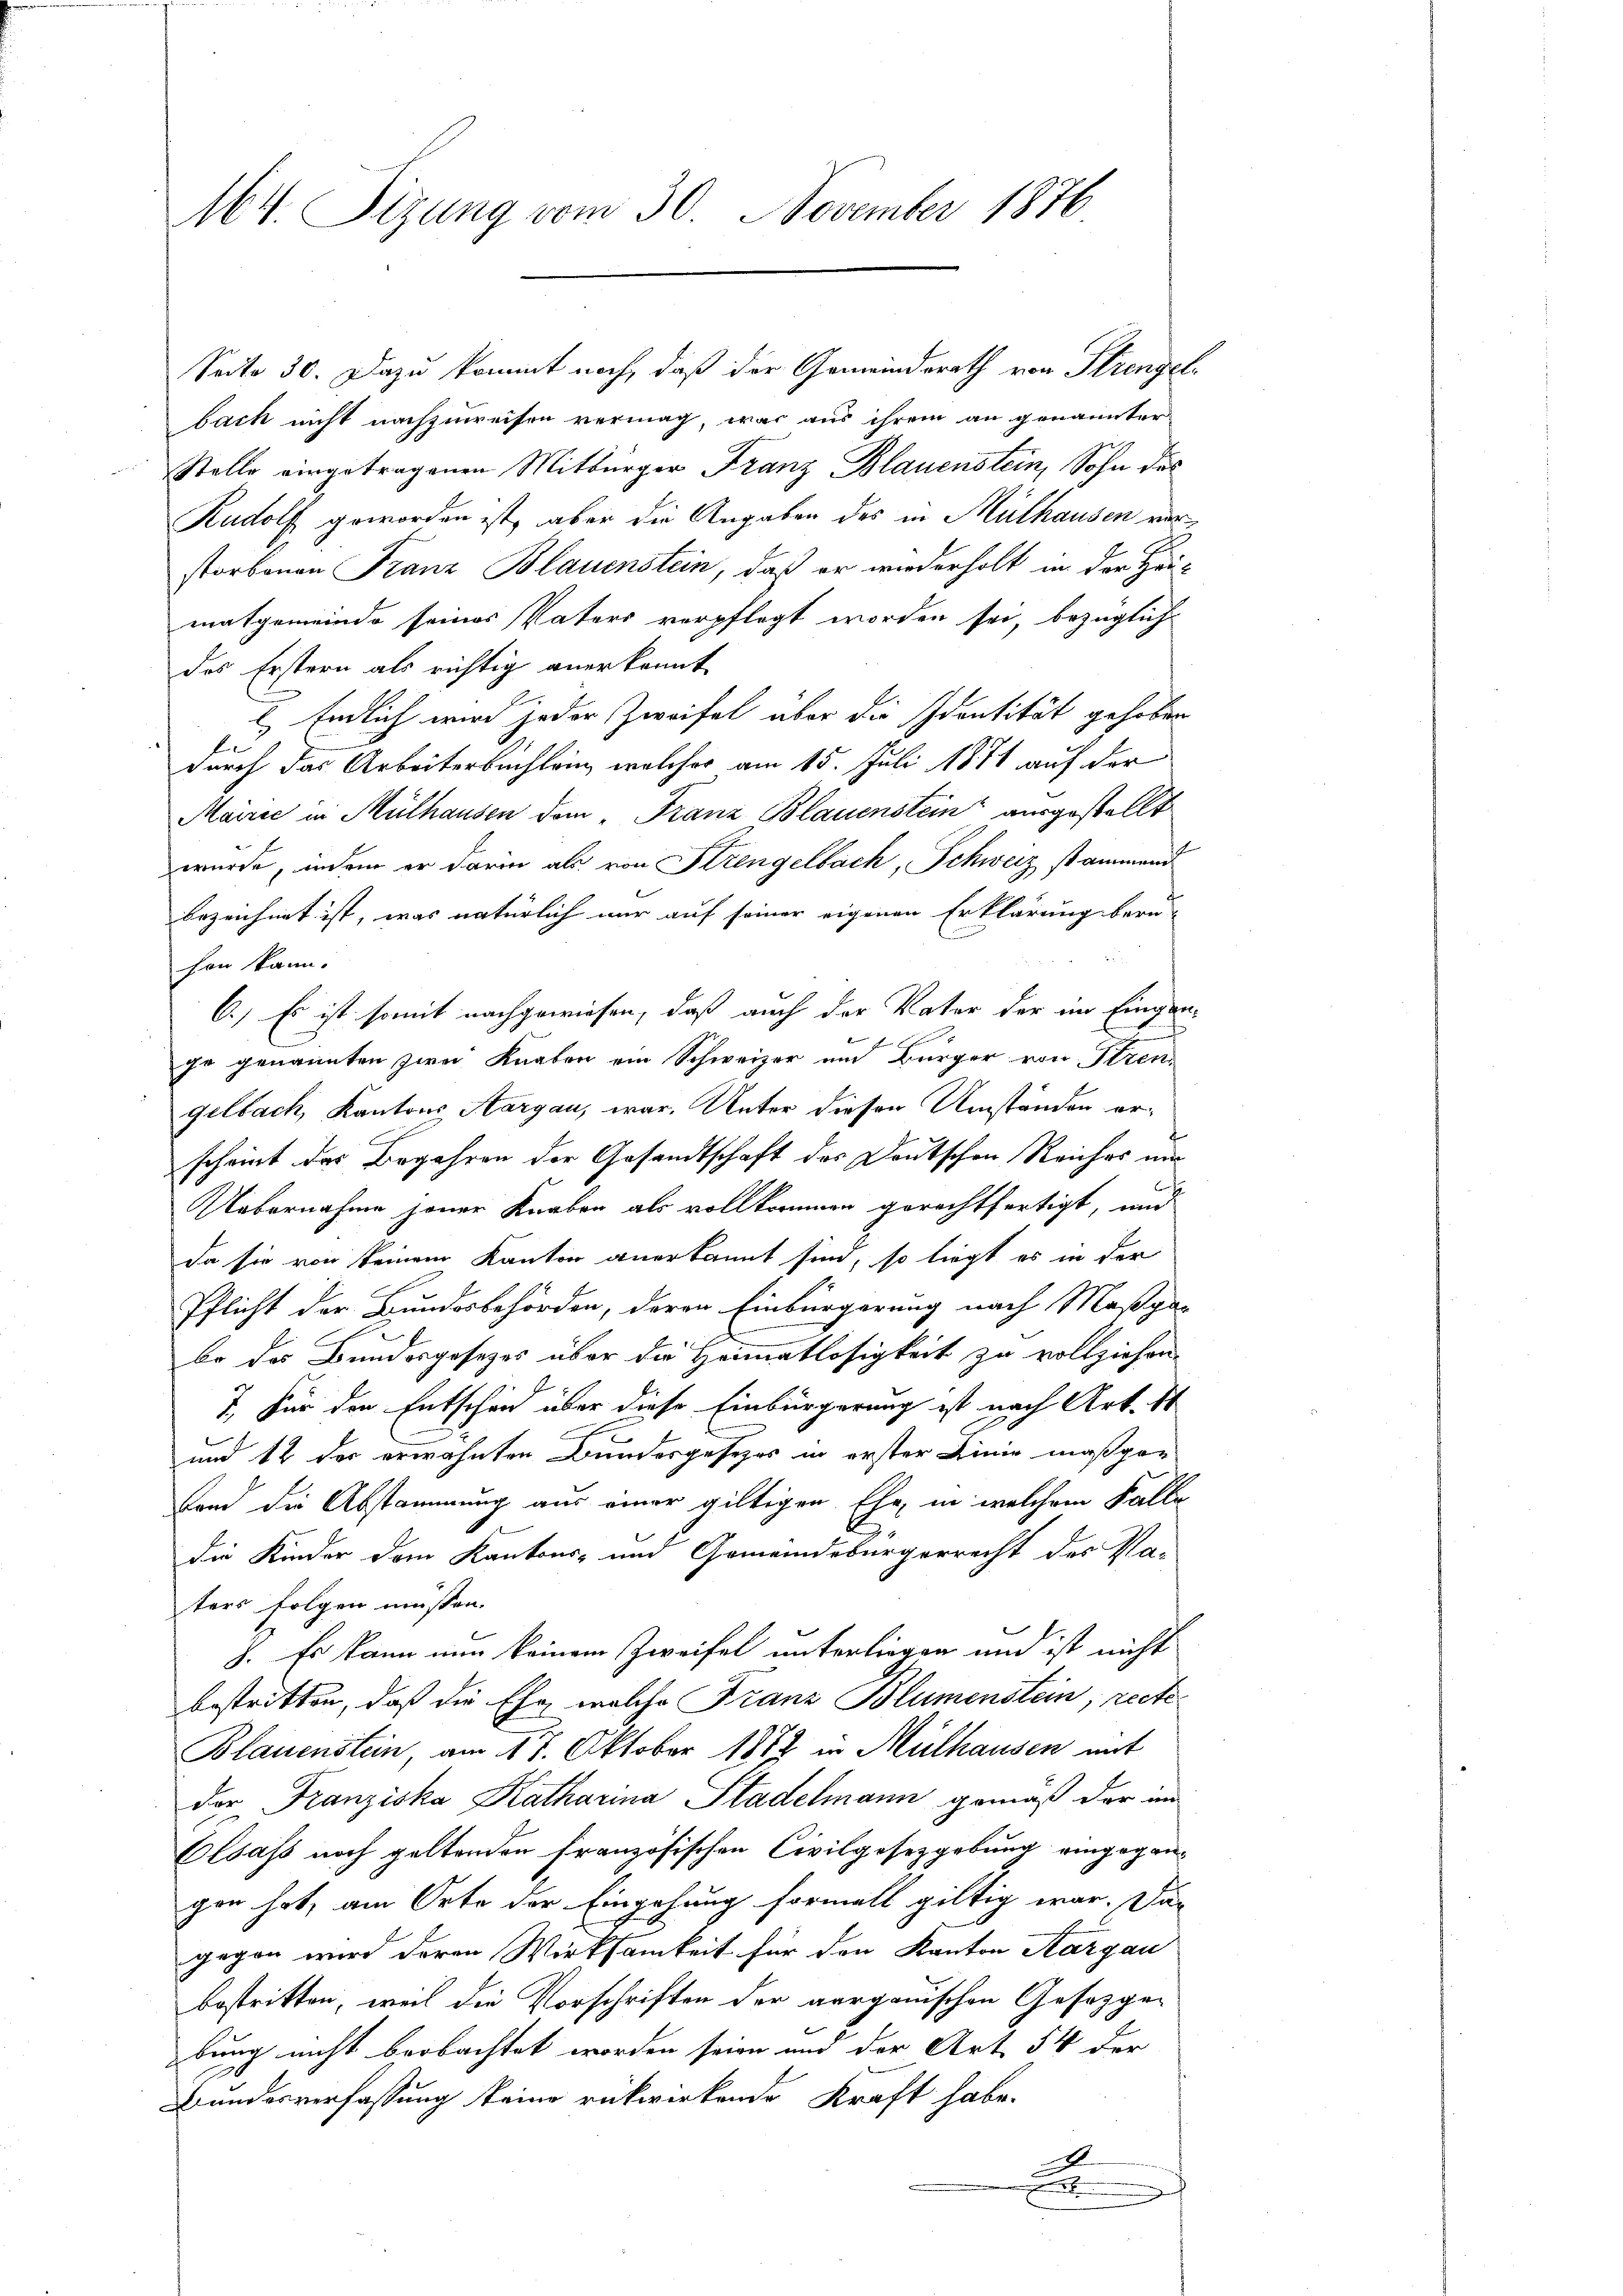
64. Sizung vom 30. November 1876

Seite 30. Dazu kommt noch, daß der Gemeindsrath von Strengelbach nicht nachzuweisen vermag, was aus ihrem an genannter
Stelle eingetragenen Mitbürger Franz Blauenstein, Sohn des
Rudolf geworden ist, aber die Angaben des in Mülhausen vorstorbenen Franz Blauenstein, daß er wiederholt in der Heimatgemeinde seines Vaters verpflegt worden sei, bezüglich
des Erstern als richtig anerkannt
E Endlich wird jeder Zweifel aber die Identität gehoben
durch das Arbeiterbuchlein, welcher am 15. Juli 1871 auf der
Mairić in Mülhausen dem „Franz Blauenstein ausgestellt
wurde, indem er darin als von Strengelbach, Schweiz sammend
bezeichnet ist, was natürlich nur auf seiner eigenen Erklärung beru-
hen kann.
6.) Es ist somit nachgewiesen, daß auch der Vater der im Eingange genannten zwei Knaben ein Schweizer und Bürger von Stren
gelbach, Kantons Aargau, war. Unter dieser Umständen erscheint das Begehren der Gesandtschaft des Deutschen Reiches un
Uebernahme jener Knaben als vollkommen gerechtfertigt, und
da sie von keinem Kanton anerkannt sind, so liegt es in der
Pflicht der Bundesbehörden, deren Einbürgerung nach Maßgabe des Bundesgesezes über die Heimatlosigkeit zu vollziehen.
7. Für den Entscheid über diese Einbürgerung ist nach Art. 11
und 12 der erwähnten Bundesgesezes in erster Linie maßgeband die Abstammung aus einer giltigen Ehe, in welchem Falle
1
die Kinder dem Kantons- und Gemeindebürgerrecht des Va-
ters folgen müssen.
3. Es kann nun keinem Zweifel unterliegen und ist nicht
bestritten, daß die Ehe welche Franz Blumenstein, recte¬
Blauenstein, am 17. Oktober 1882 in Mülhausen mit
der Franziska Katharina Stadelmann gemäß der im
Elsass noch geltenden französischen Civilgesetzgebung eingegen-
gen hat, am Orte der Eingehung formell giltig war. Das
gegen wird deren Wirksamkeit für den Kanton Aargau
bestritten, weil die Vorschriften der aargauischen Gesetzge-
bung nicht beobachtet worden seien und der Art 54 der
Bundesverfassung keine rückwirkende Kraft habe.
A
.
n